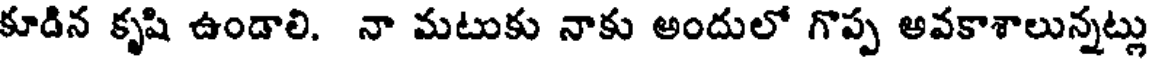
కూడిన కృషి ఉండాలి. నా మటుకు నాకు అందులో గొప్ప అవకాశాలున్నట్లు